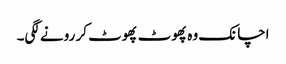
اچانک وہ پھوٹ پھوٹ کر رونے لگی۔